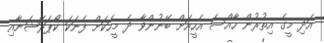
އަދި މީގެ އިތުރުން ހާއްސަ އެހީއަށް ބޭނުންވާ ދެ މީހަކަށް ފެނަކަ ކޯޕަރޭޝަނާއި